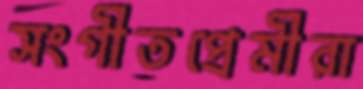
সংগীতপ্রেমীরা